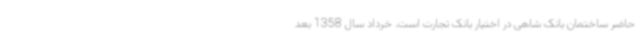
حاضر ساختمان بانک شاهی در اختیار بانک تجارت است. خرداد سال 1358 بعد